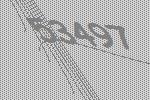
53497